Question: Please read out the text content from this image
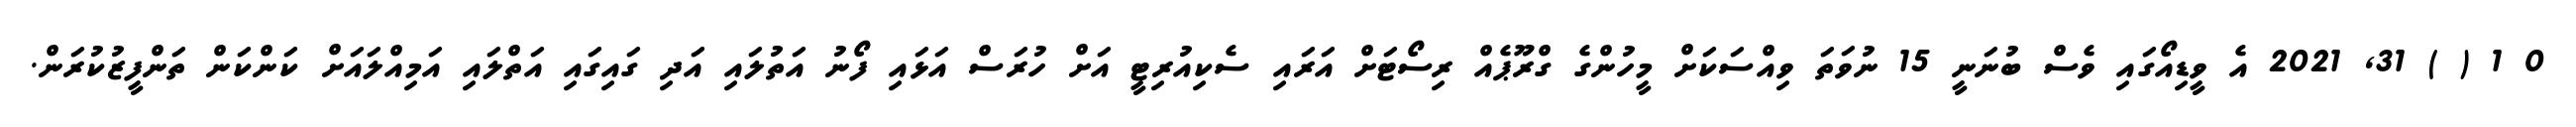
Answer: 0 1 ( ) 31, 2021 އެ ވީޑިއޯގައި ވެސް ބުނަނީ 15 ނުވަތަ ވިއްސަކަށް މީހުންގެ ގްރޫޕެއް ރިސޯޓަށް އަރައި ސެކިއުރިޓީ އަށް ހުރަސް އަޅައި ފޯނު އަތުލައި އަދި ގައިގައި އަތްލައި އަމިއްލައަށް ކަންކަން ތަންފީޒުކުރަން.